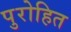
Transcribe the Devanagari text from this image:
पुरोहित